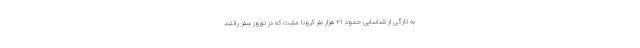
به تازگی از شناسایی حدود ۲۱ هزار نفر کرونا مثبت که در نوروز سفر رفتند